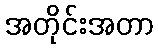
အတိုင်းအတာ